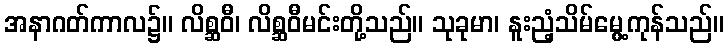
အနာဂတ်ကာလ၌။ လိစ္ဆဝီ၊ လိစ္ဆဝီမင်းတို့သည်။ သုခုမာ၊ နူးညံ့သိမ်မွေ့ကုန်သည်။